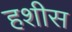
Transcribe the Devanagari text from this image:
हशीस